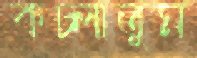
কচ্‌লাতুম